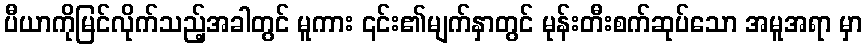
ပီယာကိုမြင်လိုက်သည့်အခါတွင် မူကား ၎င်း၏မျက်နှာတွင် မုန်းတီးစက်ဆုပ်သော အမူအရာ မှာ